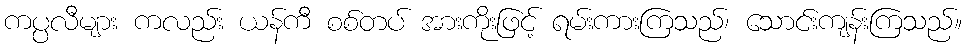
ကပ္ပလီများ ကလည်း ယန်ကီ စစ်တပ် အားကိုးဖြင့် ရမ်းကားကြသည်၊ သောင်းကျန်းကြသည်။